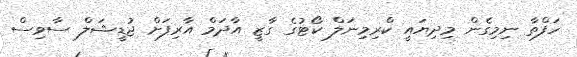
ހަފްތާ ނިމިގެން މިދިޔައީ ކްރިމިނަލް ކޯޓުގެ ގާޒީ އާދަމް އާރިފަށް ޖުޑީޝަލް ސާވިސް